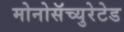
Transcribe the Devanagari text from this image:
मोनोसॅच्युरेटेड